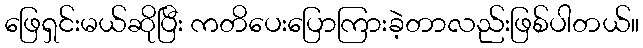
ဖြေရှင်းမယ်ဆိုပြီး ကတိပေးပြောကြားခဲ့တာလည်းဖြစ်ပါတယ်။